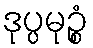
ဒုပ္ပမုဉ္စံ